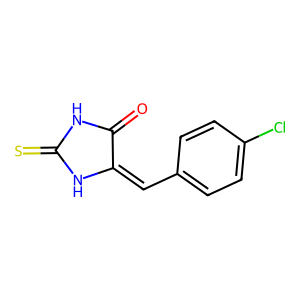
SMILES: O=C1NC(=S)NC1=Cc1ccc(Cl)cc1
Inhibits HIV replication: No